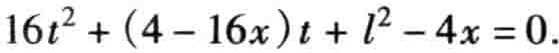
\(16t^{2}+(4 - 16x)t + l^{2}-4x = 0\)